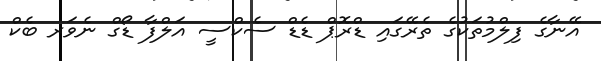
އޭނާގެ ފިލްމުތަކުގެ ތެރޭގައި ޑްރޮޕް ޑެޑް ސެކްސީ އަލްފާ ޑޯގް ނެވަރ ބެކް